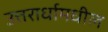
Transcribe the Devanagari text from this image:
उत्तरार्धामधील